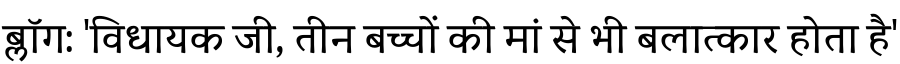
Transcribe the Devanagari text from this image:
ब्लॉग: 'विधायक जी, तीन बच्चों की मां से भी बलात्कार होता है'